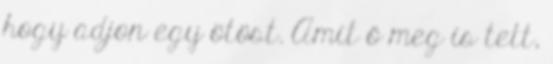
hogy adjon egy ötöst. Amit ő meg is tett,